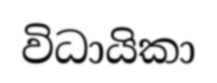
විධායිකා